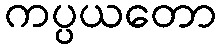
ကပ္ပယတော